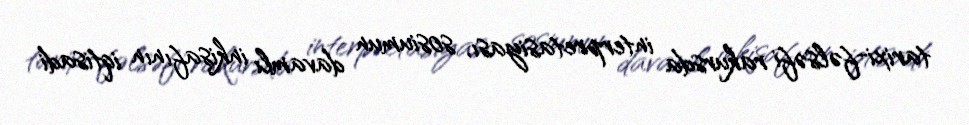
tarixi-fəlsəfi rakursda interpretasiyası, sosiumun davamlı inkişafının iqtisadi